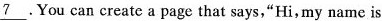
\underline{7}.You can create a page that says,"Hi,my name is